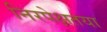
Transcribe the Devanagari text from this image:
निरपेक्षतया